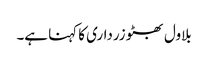
بلاول بھٹو زرداری کا کہنا ہے۔